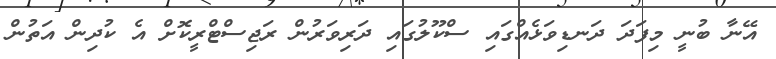
އޭނާ ބުނީ މިފަދަ ދަނޑިވަޅެއްގައި ސްކޫލުގައި ދަރިވަރުން ރަޖިސްޓްރީކޮށް އެ ކުދިން އަތުން